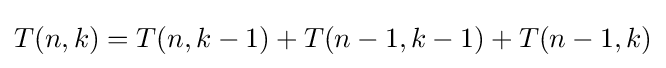
T(n,k)=T(n,k-1)+T(n-1,k-1)+T(n-1,k)